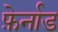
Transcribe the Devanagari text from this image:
फ़ेर्नाड